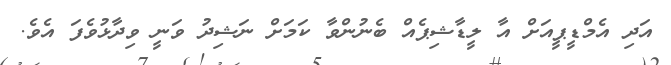
އަދި އެމްޑީޕީއަށް އާ ލީޑާޝިޕެއް ބެނުންވާ ކަމަށް ނަޝިދު ވަނީ ވިދާޅުވެފަ އެވެ.